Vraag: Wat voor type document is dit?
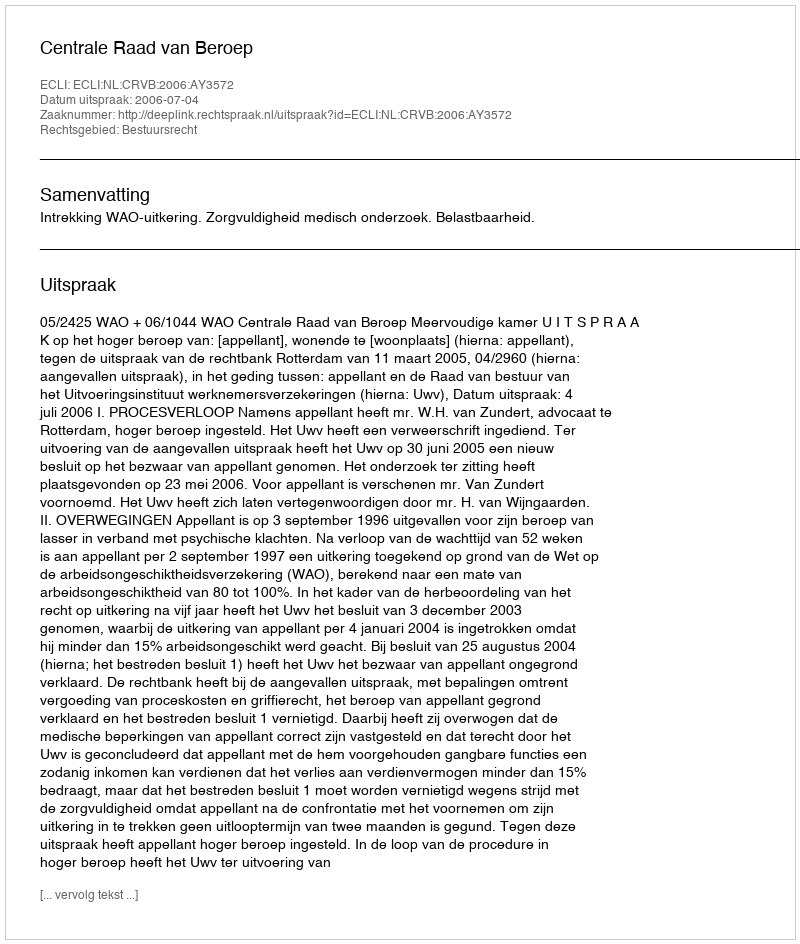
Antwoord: Uitspraak